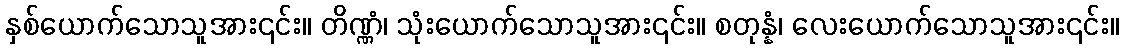
နှစ်ယောက်သောသူအား၎င်း။ တိဏ္ဏံ၊ သုံးယောက်သောသူအား၎င်း။ စတုန္နံ၊ လေးယောက်သောသူအား၎င်း။